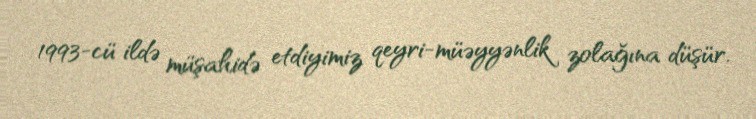
1993-cü ildə müşahidə etdiyimiz qeyri-müəyyənlik zolağına düşür.